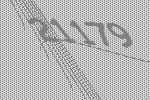
21179